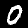
Label: 0